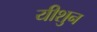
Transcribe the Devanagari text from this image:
यीशुन